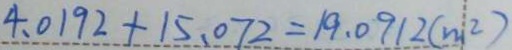
4 . 0 1 9 2 + 1 5 . 0 7 2 = 1 9 . 0 9 1 2 ( m ^ { 2 } )